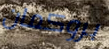
بروكمان